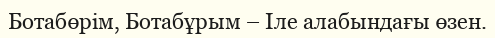
Ботабөрім, Ботабұрым – Іле алабындағы өзен.